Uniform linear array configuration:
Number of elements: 32
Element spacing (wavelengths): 0.5
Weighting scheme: cosine
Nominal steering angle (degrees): -30
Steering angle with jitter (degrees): -31.729
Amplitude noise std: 0.05
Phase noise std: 0.05

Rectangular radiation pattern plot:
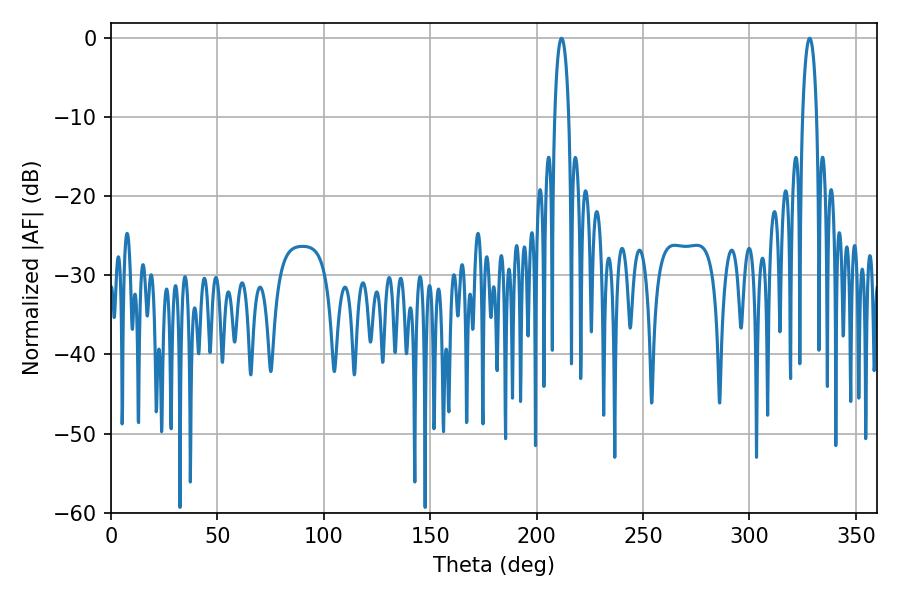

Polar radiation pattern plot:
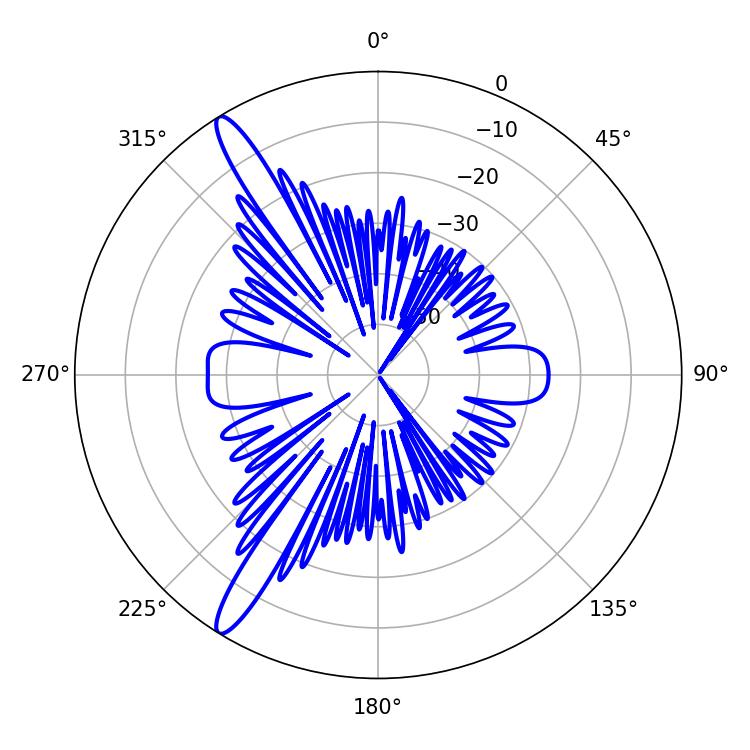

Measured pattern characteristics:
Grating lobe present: FALSE
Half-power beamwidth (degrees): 3.78
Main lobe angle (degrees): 211.68